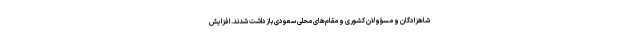
شاهزادگان و مسؤولان کشوری و مقام‌های محلی سعودی بازداشت شدند. افزایش